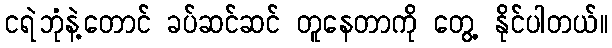
ငရဲဘုံနဲ့တောင် ခပ်ဆင်ဆင် တူနေတာကို တွေ့ နိုင်ပါတယ်။